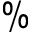
\%